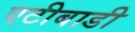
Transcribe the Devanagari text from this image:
एटीबाडी